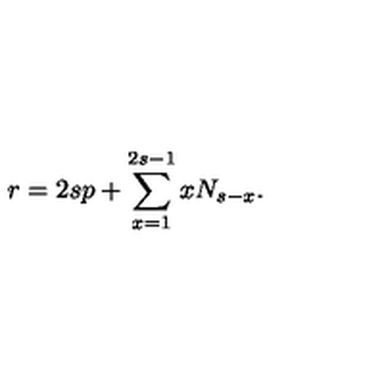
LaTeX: r = 2 s p + \sum _ { x = 1 } ^ { 2 s - 1 } x N _ { s - x } .